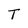
Character: T